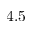
4 . 5